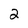
Character: 2